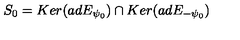
S _ { 0 } = K e r ( a d E _ { \psi _ { 0 } } ) \cap K e r ( a d E _ { - \psi _ { 0 } } )